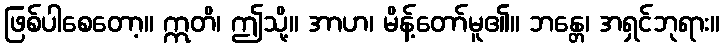
ဖြစ်ပါစေတော့။ ဣတိ၊ ဤသို့။ အာဟ၊ မိန့်တော်မူ၏။ ဘန္တေ၊ အရှင်ဘုရား။